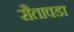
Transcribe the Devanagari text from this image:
सैतावडा